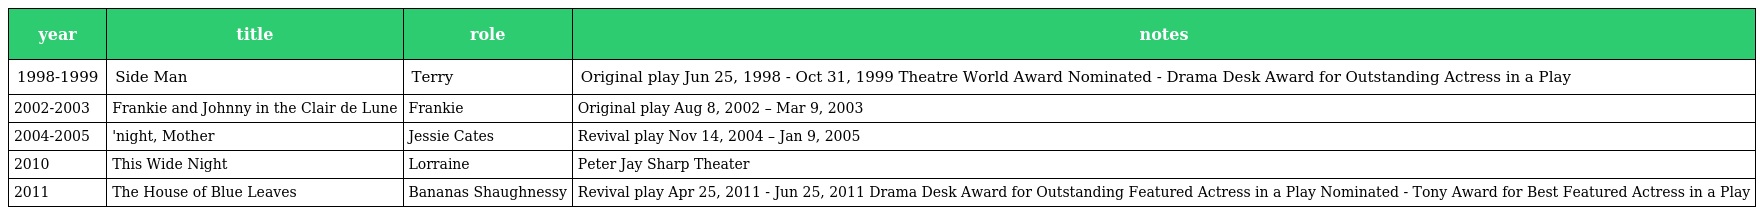
| year | title | role | notes |
 | --- | --- | --- | --- |
 | 1998-1999 | Side Man | Terry | Original play Jun 25, 1998 - Oct 31, 1999 Theatre World Award Nominated - Drama Desk Award for Outstanding Actress in a Play |
 | 2002-2003 | Frankie and Johnny in the Clair de Lune | Frankie | Original play Aug 8, 2002 – Mar 9, 2003 |
 | 2004-2005 | 'night, Mother | Jessie Cates | Revival play Nov 14, 2004 – Jan 9, 2005 |
 | 2010 | This Wide Night | Lorraine | Peter Jay Sharp Theater |
 | 2011 | The House of Blue Leaves | Bananas Shaughnessy | Revival play Apr 25, 2011 - Jun 25, 2011 Drama Desk Award for Outstanding Featured Actress in a Play Nominated - Tony Award for Best Featured Actress in a Play |